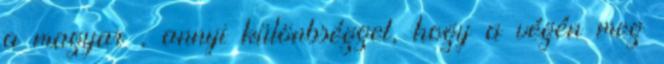
a magyar , annyi különbséggel, hogy a végén meg